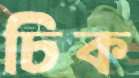
চিক